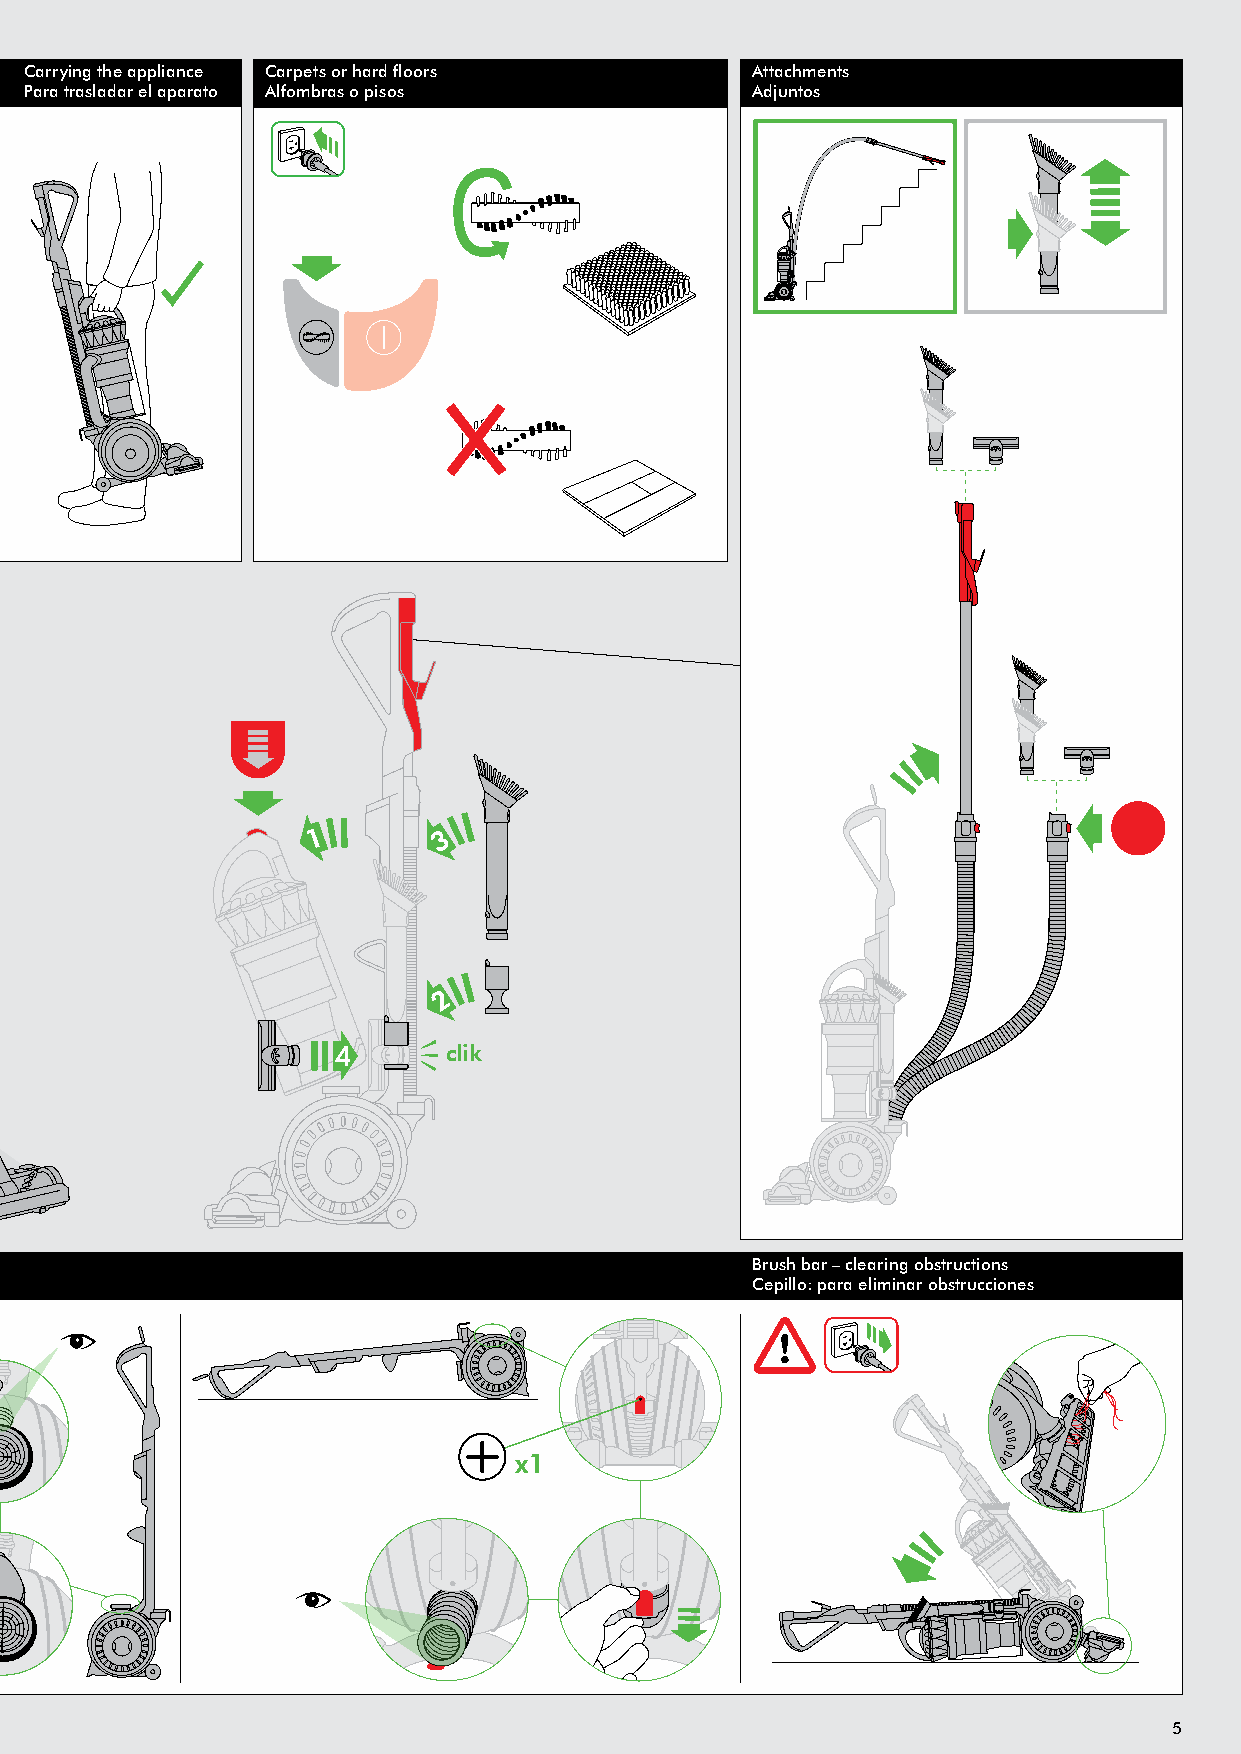
Carrying the appliance Carpets or hard floors   Attachments
 Para trasladar el aparato Alfombras o pisos     Adjuntos
 clik
 clik
 Brush bar – clearing obstructions
 Cepillo: para eliminar obstrucciones
 x1
 5